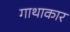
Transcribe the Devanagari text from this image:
गाथाकार